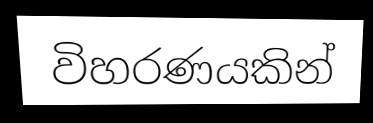
විහරණයකින්